画像に写った文字を読んでください
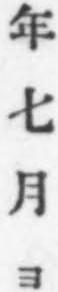
「年七月ヨ」と書いてあります